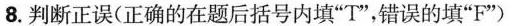
8.判断正误(正确的在题后括号内填”T”，错误的填”F”)